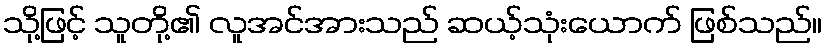
သို့ဖြင့် သူတို့၏ လူအင်အားသည် ဆယ့်သုံးယောက် ဖြစ်သည်။